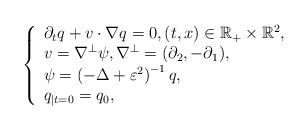
\begin{align*}\left\{ \begin{array}{l}\partial _{t}q+v\cdot \nabla q=0, (t,x)\in \mathbb{R} _+\times \mathbb{R} ^2,\\v=\nabla ^{\bot}\psi, \nabla^{\perp}=(\partial_{2}, -\partial_{1}),\\\psi =\left( -\Delta +\varepsilon ^2 \right) ^{-1}q,\\q_{\mid {t}=0}=q_0,\\\end{array} \right.\end{align*}